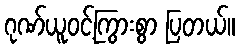
ဂုဏ်ယူဝင့်ကြွားစွာ ပြတယ်။